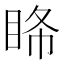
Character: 𥅹